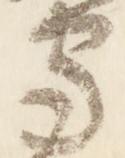
守